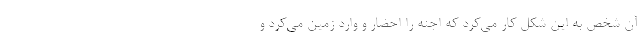
آن شخص به این شکل کار می‌کرد که اجنه را احضار و وارد زمین می‌کرد و